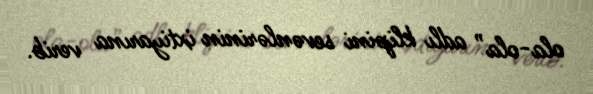
ola-ola” adlı klipini sevənlərinin ixtiyarına verib.